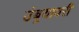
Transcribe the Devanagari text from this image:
उंबर्‍यावरी